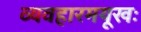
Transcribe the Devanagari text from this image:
व्यवहारमयूखः